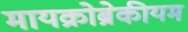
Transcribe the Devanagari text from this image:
मायक्रोब्रेकीयम